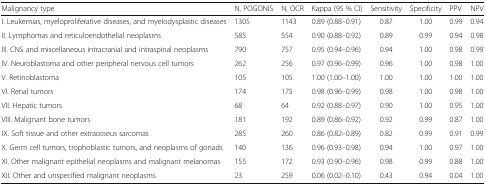
<table><thead><tr><td><b>Malignancy type</b></td><td><b>N, POGONIS</b></td><td><b>N, OCR</b></td><td><b>Kappa (95 % CI)</b></td><td><b>Sensitivity</b></td><td><b>Specificity</b></td><td><b>PPV</b></td><td><b>NPV</b></td></tr></thead><tbody><tr><td>I. Leukemias, myeloproliferative diseases, and myelodysplastic diseases</td><td>1305</td><td>1143</td><td>0.89 (0.88–0.91)</td><td>0.87</td><td>1.00</td><td>0.99</td><td>0.94</td></tr><tr><td>II. Lymphomas and reticuloendothelial neoplasms</td><td>585</td><td>554</td><td>0.90 (0.88–0.92)</td><td>0.89</td><td>0.99</td><td>0.94</td><td>0.98</td></tr><tr><td>III. CNS and miscellaneous intracranial and intraspinal neoplasms</td><td>790</td><td>757</td><td>0.95 (0.94–0.96)</td><td>0.94</td><td>1.00</td><td>0.98</td><td>0.99</td></tr><tr><td>IV. Neuroblastoma and other peripheral nervous cell tumors</td><td>262</td><td>256</td><td>0.97 (0.96–0.99)</td><td>0.96</td><td>1.00</td><td>0.98</td><td>1.00</td></tr><tr><td>V. Retinoblastoma</td><td>105</td><td>105</td><td>1.00 (1.00–1.00)</td><td>1.00</td><td>1.00</td><td>1.00</td><td>1.00</td></tr><tr><td>VI. Renal tumors</td><td>174</td><td>175</td><td>0.98 (0.96–0.99)</td><td>0.98</td><td>1.00</td><td>0.98</td><td>1.00</td></tr><tr><td>VII. Hepatic tumors</td><td>68</td><td>64</td><td>0.92 (0.88–0.97)</td><td>0.90</td><td>1.00</td><td>0.95</td><td>1.00</td></tr><tr><td>VIII. Malignant bone tumors</td><td>181</td><td>192</td><td>0.89 (0.86–0.92)</td><td>0.92</td><td>0.99</td><td>0.87</td><td>1.00</td></tr><tr><td>IX. Soft tissue and other extraosseus sarcomas</td><td>285</td><td>260</td><td>0.86 (0.82–0.89)</td><td>0.82</td><td>0.99</td><td>0.91</td><td>0.99</td></tr><tr><td>X. Germ cell tumors, trophoblastic tumors, and neoplasms of gonads</td><td>140</td><td>136</td><td>0.96 (0.93–0.98)</td><td>0.94</td><td>1.00</td><td>0.97</td><td>1.00</td></tr><tr><td>XI. Other malignant epithelial neoplasms and malignant melanomas</td><td>155</td><td>172</td><td>0.93 (0.90–0.96)</td><td>0.98</td><td>0.99</td><td>0.88</td><td>1.00</td></tr><tr><td>XII. Other and unspecified malignant neoplasms</td><td>23</td><td>259</td><td>0.06 (0.02–0.10)</td><td>0.43</td><td>0.94</td><td>0.04</td><td>1.00</td></tr></tbody></table>